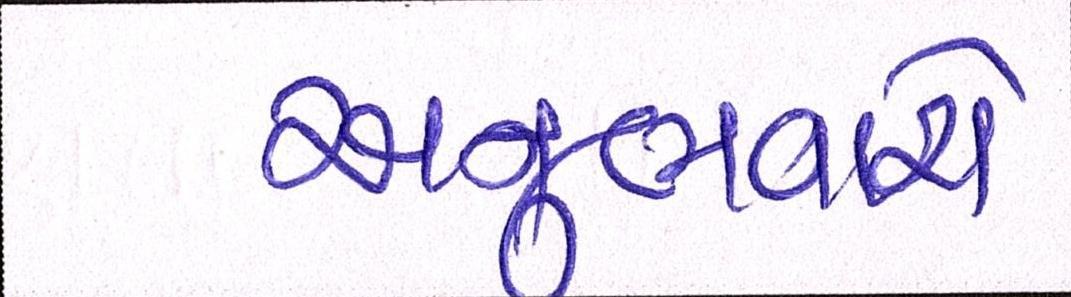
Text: અનુભવાશે